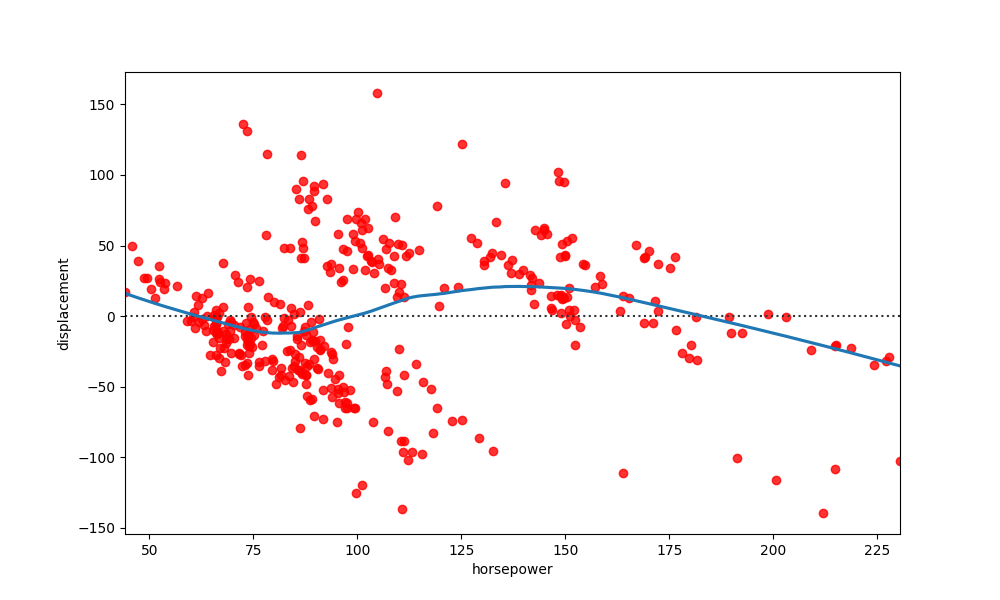
python, seaborn, residplot, lowess=True, scatter_color=red